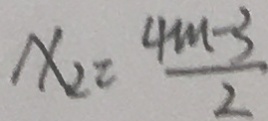
x _ { 2 } = \frac { 4 m - 3 } { 2 }